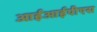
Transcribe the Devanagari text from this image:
आईआईपीएस